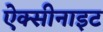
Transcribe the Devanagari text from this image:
ऐक्सीनाइट